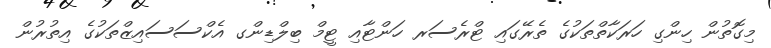
މިގޮތުން ހިންގި ހަރަކާތްތަކުގެ ތެރޭގައި ޓްރެސަރ ހަންޓާއި ޓީމް ބިލްޑިންގ އެކްސަސައިޒްތަކުގެ އިތުރުން